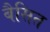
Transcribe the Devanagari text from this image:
बैसित